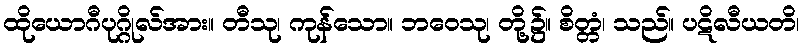
ထိုယောဂီပုဂ္ဂိုလ်အား။ တီသု၊ ကုန်သော။ ဘဝေသု၊ တို့၌။ စိတ္တံ၊ သည်။ ပဋိလီယတိ၊